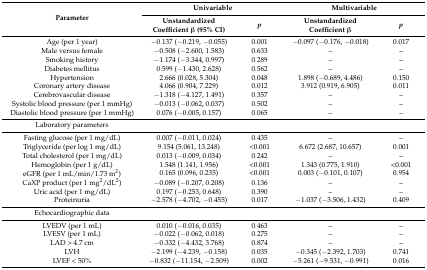
<table><thead><tr><td rowspan="2"><b>Parameter</b></td><td colspan="2"><b>Univariable</b></td><td colspan="2"><b>Multivariable</b></td></tr><tr><td><b>Unstandardized Coefficient β (95% CI)</b></td><td><b><i>p</i></b></td><td><b>Unstandardized Coefficient β</b></td><td><b><i>p</i></b></td></tr></thead><tbody><tr><td>Age (per 1 year)</td><td>−0.137 (−0.219, −0.055)</td><td>0.001</td><td>−0.097 (−0.176, −0.018)</td><td>0.017</td></tr><tr><td>Male versus female</td><td>−0.508 (−2.600, 1.583)</td><td>0.633</td><td>–</td><td>–</td></tr><tr><td>Smoking history</td><td>−1.174 (−3.344, 0.997)</td><td>0.289</td><td>–</td><td>–</td></tr><tr><td>Diabetes mellitus</td><td>0.599 (−1.430, 2.628)</td><td>0.562</td><td>–</td><td>–</td></tr><tr><td>Hypertension</td><td>2.666 (0.028, 5.304)</td><td>0.048</td><td>1.898 (−0.689, 4.486)</td><td>0.150</td></tr><tr><td>Coronary artery disease</td><td>4.066 (0.904, 7.229)</td><td>0.012</td><td>3.912 (0.919, 6.905)</td><td>0.011</td></tr><tr><td>Cerebrovascular disease</td><td>−1.318 (−4.127, 1.491)</td><td>0.357</td><td>–</td><td>–</td></tr><tr><td>Systolic blood pressure (per 1 mmHg)</td><td>−0.013 (−0.062, 0.037)</td><td>0.502</td><td>–</td><td>–</td></tr><tr><td>Diastolic blood pressure (per 1 mmHg)</td><td>0.076 (−0.005, 0.157)</td><td>0.065</td><td>–</td><td>–</td></tr><tr><td>Laboratory parameters</td><td></td><td></td><td></td><td></td></tr><tr><td>Fasting glucose (per 1 mg/dL)</td><td>0.007 (−0.011, 0.024)</td><td>0.435</td><td>–</td><td>–</td></tr><tr><td>Triglyceride (per log 1 mg/dL)</td><td>9.154 (5.061, 13.248)</td><td>&lt;0.001</td><td>6.672 (2.687, 10.657)</td><td>0.001</td></tr><tr><td>Total cholesterol (per 1 mg/dL)</td><td>0.013 (−0.009, 0.034)</td><td>0.242</td><td>–</td><td>–</td></tr><tr><td>Hemoglobin (per 1 g/dL)</td><td>1.548 (1.141, 1.956)</td><td>&lt;0.001</td><td>1.343 (0.775, 1.910)</td><td>&lt;0.001</td></tr><tr><td>eGFR (per 1 mL/min/1.73 m<sup>2</sup>)</td><td>0.165 (0.096, 0.235)</td><td>&lt;0.001</td><td>0.003 (−0.101, 0.107)</td><td>0.954</td></tr><tr><td>CaXP product (per 1 mg<sup>2</sup>/dL<sup>2</sup>)</td><td>−0.089 (−0.207, 0.208)</td><td>0.136</td><td>–</td><td>–</td></tr><tr><td>Uric acid (per 1 mg/dL)</td><td>0.197 (−0.253, 0.648)</td><td>0.390</td><td>–</td><td>–</td></tr><tr><td>Proteinuria</td><td>−2.578 (−4.702, −0.455)</td><td>0.017</td><td>−1.037 (−3.506, 1.432)</td><td>0.409</td></tr><tr><td>Echocardiographic data</td><td></td><td></td><td></td><td></td></tr><tr><td>LVEDV (per 1 mL)</td><td>0.010 (−0.016, 0.035)</td><td>0.463</td><td>–</td><td>–</td></tr><tr><td>LVESV (per 1 mL)</td><td>−0.022 (−0.062, 0.018)</td><td>0.275</td><td>–</td><td>–</td></tr><tr><td>LAD &gt; 4.7 cm</td><td>−0.332 (−4.432, 3.768)</td><td>0.874</td><td>–</td><td>–</td></tr><tr><td>LVH</td><td>−2.199 (−4.239, −0.158)</td><td>0.035</td><td>−0.345 (−2.392, 1.703)</td><td>0.741</td></tr><tr><td>LVEF &lt; 50%</td><td>−0.832 (−11.154, −2.509)</td><td>0.002</td><td>−5.261 (−9.531, −0.991)</td><td>0.016</td></tr></tbody></table>